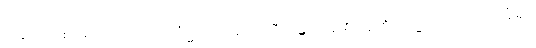
အကြောင်းတရားတို့သည်။ သင်္ဂမ္မ၊ ပေါင်း၍။ ကရီယန္တိ၊ ကုန်၏။ ဣတိတသ္မာ၊ ကြောင့်။ သင်္ခါရာ၊